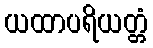
ယထာပရိယတ္တံ